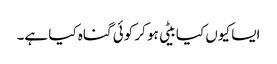
ایسا کیوں کیا بیٹی ہو کر کوئی گناہ کیا ہے۔